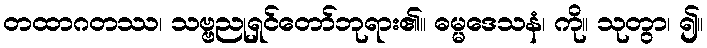
တထာဂတဿ၊ သဗ္ဗညုရှင်တော်ဘုရား၏။ ဓမ္မဒေသနံ၊ ကို။ သုတွာ၊ ၍။